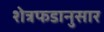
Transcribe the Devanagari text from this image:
शेत्रफडानुसार